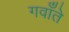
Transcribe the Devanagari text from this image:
गवाँते